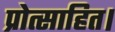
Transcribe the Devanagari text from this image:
प्रोत्साहित।